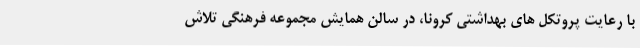
با رعایت پروتکل های بهداشتی کرونا، در سالن همایش مجموعه فرهنگی تلاش